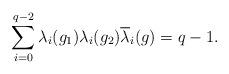
LaTeX: \begin{align*} \sum^{q-2}_{i=0}\lambda_i(g_1)\lambda_i(g_2)\overline\lambda_i(g) = q-1.\end{align*}